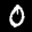
Label: 0